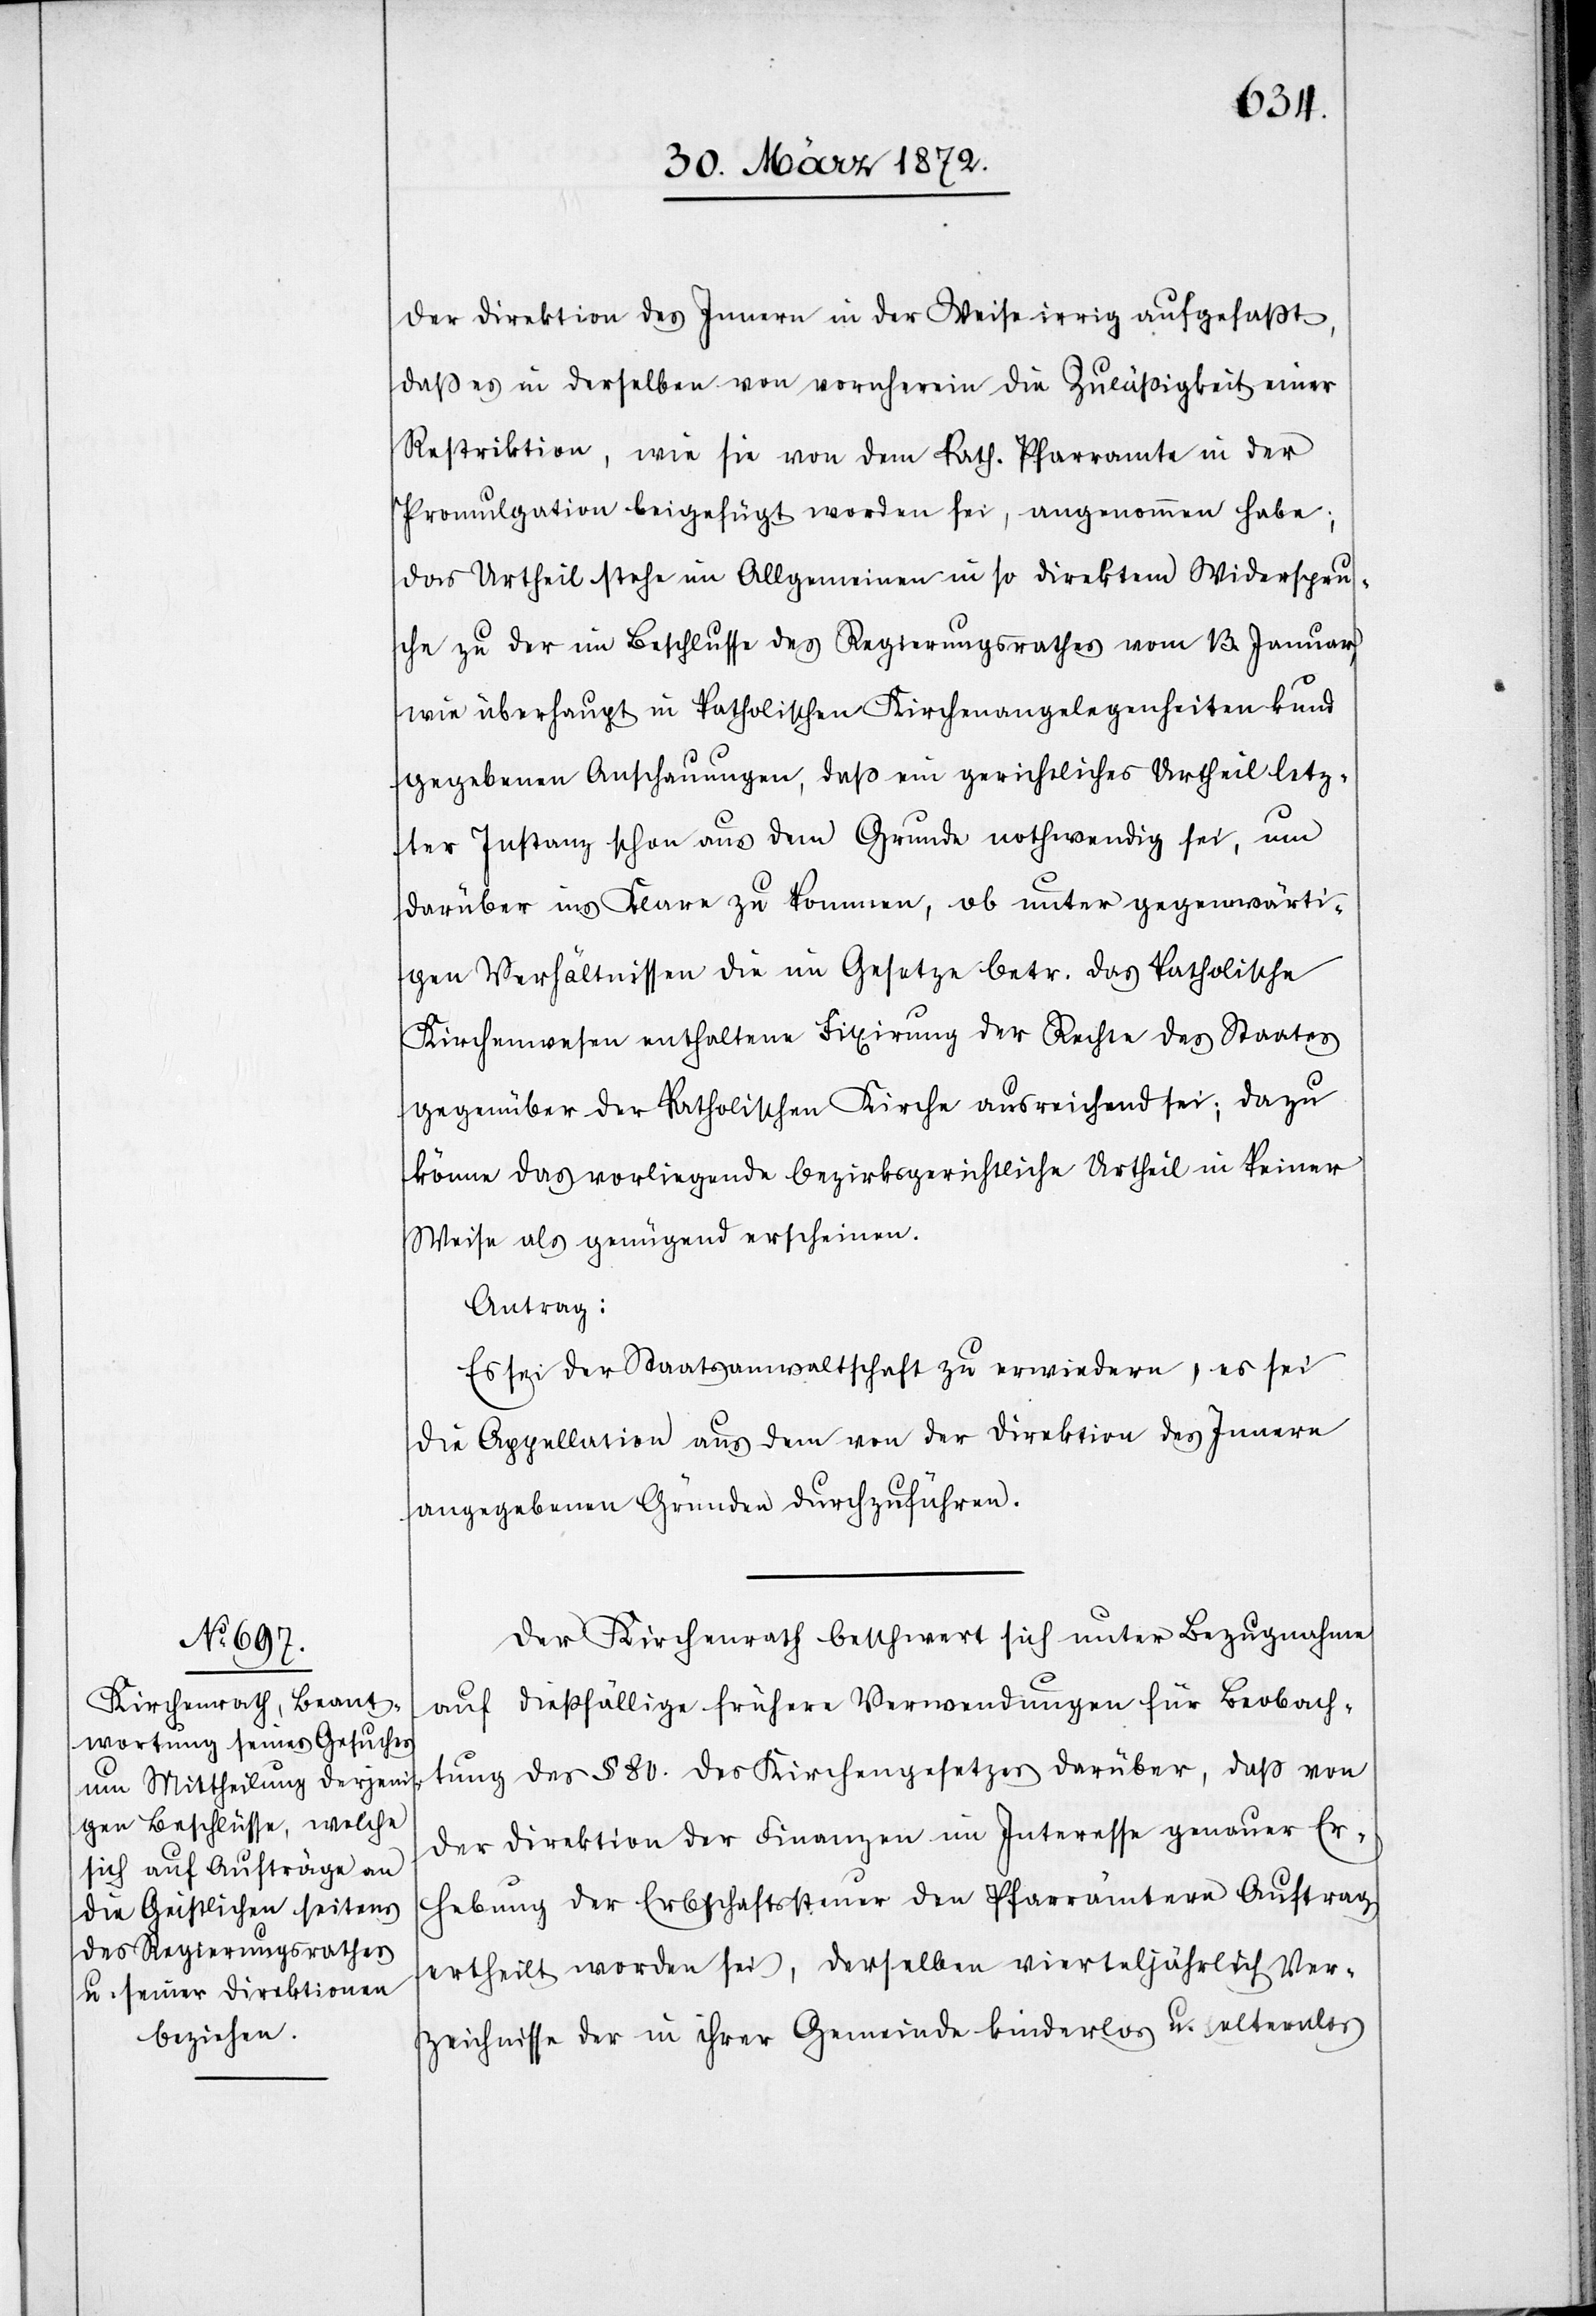
der Direktion des Innern in der Weise irrig aufgefaßt,
daß es in derselben von vornherein die Zuläßigkeit einer
Restriktion, wie sie von dem kath. Pfarramte in der
Promulgation beigefügt worden sei, angenommen habe;
das Urtheil stehe im Allgemeinen in so direktem Widerspru¬
che zu der im Beschlusse des Regierungsrathes vom 13. Januar,
wie überhaupt in katholischen Kirchenangelegenheiten kund
gegebenen Anschauungen, daß ein gerichtliches Urtheil letz¬
ter Instanz schon aus dem Grunde nothwendig sei, um
darüber ins Klare zu kommen, ob unter gegenwärti¬
gen Verhältnissen die im Gesetze betr. das katholische
Kirchenwesen enthaltene Fixirung der Rechte des Staates
gegenüber der katholischen Kirche ausreichend sei; dazu
könne das vorliegende bezirksgerichtliche Urtheil in keiner
Weise als genügend erscheinen.
Antrag:
Es sei der Staatsanwaltschaft zu erwiedern, es sei
die Appellation aus dem von der Direktion des Innern
angegebenen Gründen [sic!] durchzuführen.
Der Kirchenrath beschwert sich unter Bezugnahme
auf dießfällige frühere Verwendungen für Beobach¬
tung des § 80. des Kirchengesetzes darüber, daß von
der Direktion der Finanzen im Interesse genauer Er¬
hebung der Erbschaftssteuer den Pfarrämtern Auftrag
ertheilt worden sei, derselben vierteljährlich Ver¬
zeichnisse der in ihrer Gemeinde kinderlos u. elternlos